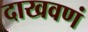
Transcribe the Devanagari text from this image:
दाखवणं